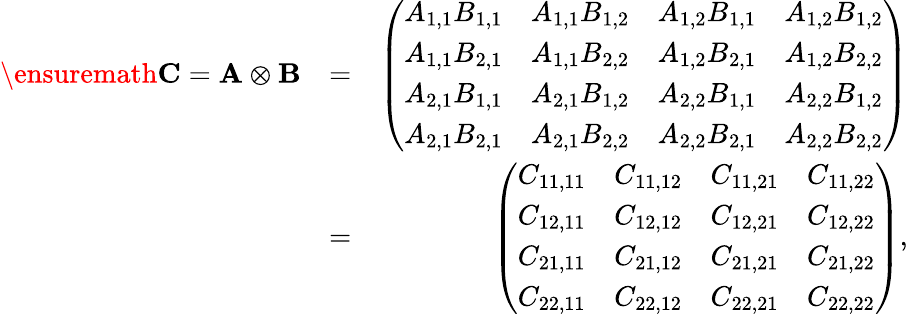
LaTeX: \begin{array}{rlr}{\ensuremath{\mathbf{C}}=\mathbf{A}\otimes\mathbf{B}}&{=}&{\left(\begin{array}{llll}{A_{1,1}B_{1,1}}&{A_{1,1}B_{1,2}}&{A_{1,2}B_{1,1}}&{A_{1,2}B_{1,2}}\\ {A_{1,1}B_{2,1}}&{A_{1,1}B_{2,2}}&{A_{1,2}B_{2,1}}&{A_{1,2}B_{2,2}}\\ {A_{2,1}B_{1,1}}&{A_{2,1}B_{1,2}}&{A_{2,2}B_{1,1}}&{A_{2,2}B_{1,2}}\\ {A_{2,1}B_{2,1}}&{A_{2,1}B_{2,2}}&{A_{2,2}B_{2,1}}&{A_{2,2}B_{2,2}}\end{array}\right)}\\ &{=}&{\left(\begin{array}{llll}{C_{11,11}}&{C_{11,12}}&{C_{11,21}}&{C_{11,22}}\\ {C_{12,11}}&{C_{12,12}}&{C_{12,21}}&{C_{12,22}}\\ {C_{21,11}}&{C_{21,12}}&{C_{21,21}}&{C_{21,22}}\\ {C_{22,11}}&{C_{22,12}}&{C_{22,21}}&{C_{22,22}}\end{array}\right),}\end{array}